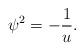
LaTeX: \begin{gather*}\psi^{2} = -\frac{1}{u}.\end{gather*}